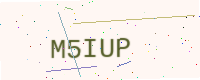
Text: M5IUP